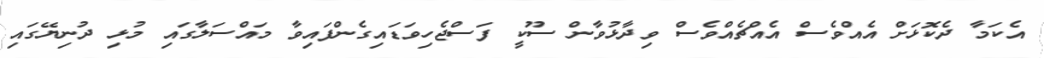
އެކަމާ ދެކޮޅަށް އެއްވެސް އެއްޗެއްވެސް ވިދާޅުވާން ސޫކީ ފަސްޖެހިވަޑައިގެންފައިވާ މައްސަލާގައި މުޅި ދުނިޔޭގައި